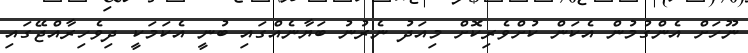
ނޫހަށް އެންގުމުން އެކަން ކުށްވެރިކޮށް މިއަދު ނެރުނު ބަޔާނެއްގައި ބުނީ އެކަމަކީ ދިވެހިރާއްޖޭގައި